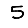
Digit: 5